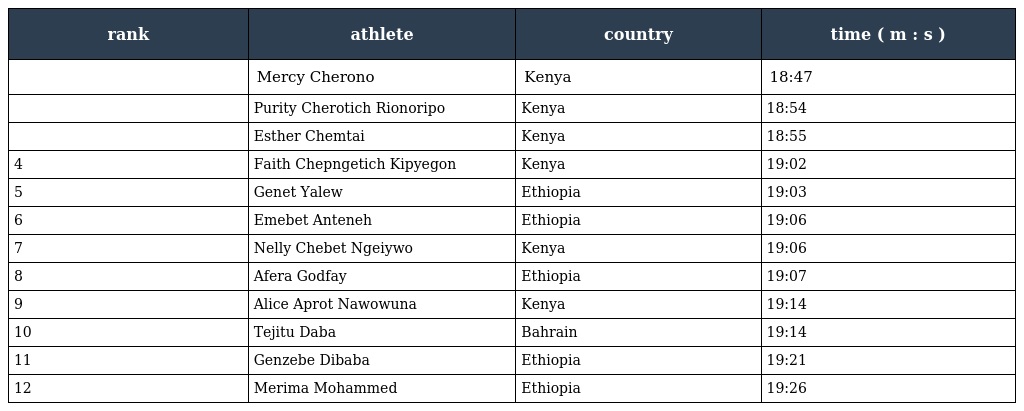
| rank | athlete | country | time ( m : s ) |
 | --- | --- | --- | --- |
 |  | Mercy Cherono | Kenya | 18:47 |
 |  | Purity Cherotich Rionoripo | Kenya | 18:54 |
 |  | Esther Chemtai | Kenya | 18:55 |
 | 4 | Faith Chepngetich Kipyegon | Kenya | 19:02 |
 | 5 | Genet Yalew | Ethiopia | 19:03 |
 | 6 | Emebet Anteneh | Ethiopia | 19:06 |
 | 7 | Nelly Chebet Ngeiywo | Kenya | 19:06 |
 | 8 | Afera Godfay | Ethiopia | 19:07 |
 | 9 | Alice Aprot Nawowuna | Kenya | 19:14 |
 | 10 | Tejitu Daba | Bahrain | 19:14 |
 | 11 | Genzebe Dibaba | Ethiopia | 19:21 |
 | 12 | Merima Mohammed | Ethiopia | 19:26 |